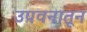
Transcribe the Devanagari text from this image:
उपवनातून